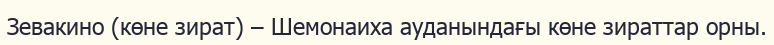
Зевакино (көне зират) – Шемонаиха ауданындағы көне зираттар орны.